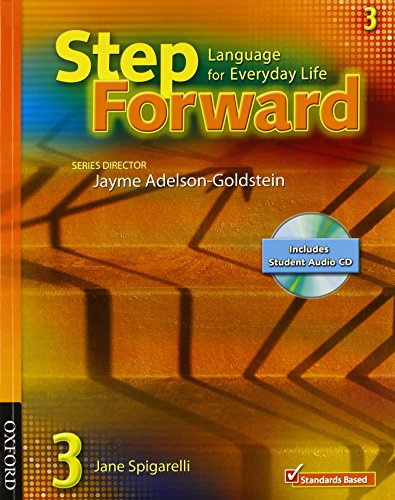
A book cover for Student Book 3 Student Book with Audio CD and Workbook Pack (Step Forward); Jane Spigarelli; Reference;